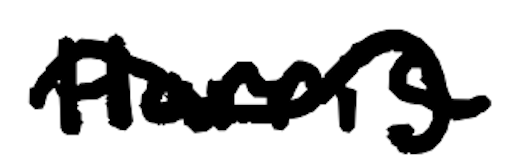
Text: Harris
Cross-out: wave
Writing tool: digital_black